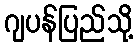
ဂျပန်ပြည်သို့